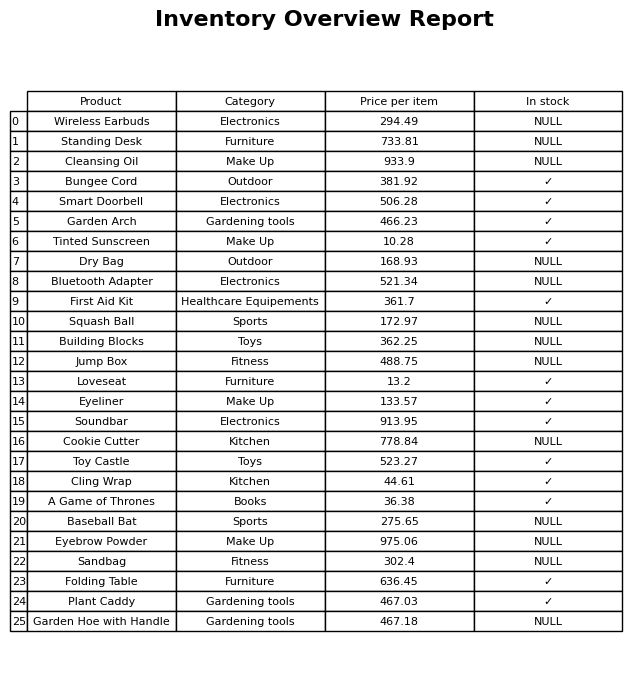
question: What is the price for Loveseat?
answer: The price of Loveseat is 13.2.